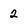
Character: 2